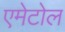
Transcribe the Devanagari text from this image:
एमेटोल